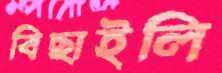
বিছাইলি